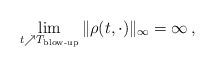
LaTeX: \begin{align*}\lim_{t\nearrow T_{\textrm{blow-up}}} \|\rho(t,\cdot)\|_{\infty} = \infty\,, \end{align*}